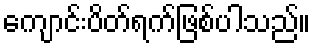
ကျောင်းပိတ်ရက်ဖြစ်ပါသည်။